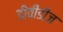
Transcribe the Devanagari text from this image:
डीवीडीज